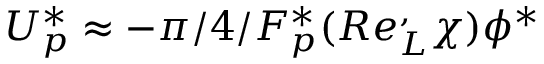
U _ { p } ^ { * } \approx - \pi / 4 / F _ { p } ^ { * } ( R e _ { L } ^ { , } \chi ) \phi ^ { * }